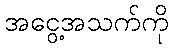
အငွေ့အသက်ကို